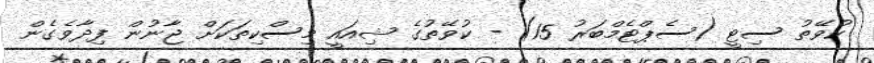
ކުވޭތު ސިޓީ (ސެޕްޓެމްބަރު 15) - ކުވޭތުގެ ޝިއައީ މިސްކިތަކަށް ޖާނުން ފިދާވެގެން